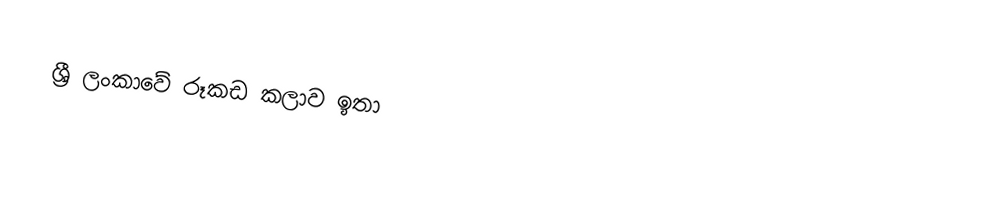
ශ්‍රී ලංකාවේ රූකඩ කලාව ඉතා